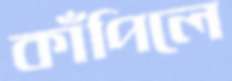
কাঁপিলে